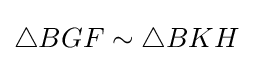
\triangle BGF\sim \triangle BKH